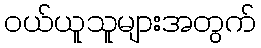
ဝယ်ယူသူများအတွက်